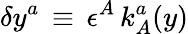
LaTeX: \delta y^{a}\, \equiv\, \epsilon^{A}\, k_{A}^{a}(y)